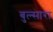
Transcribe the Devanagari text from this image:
बुल्सारा